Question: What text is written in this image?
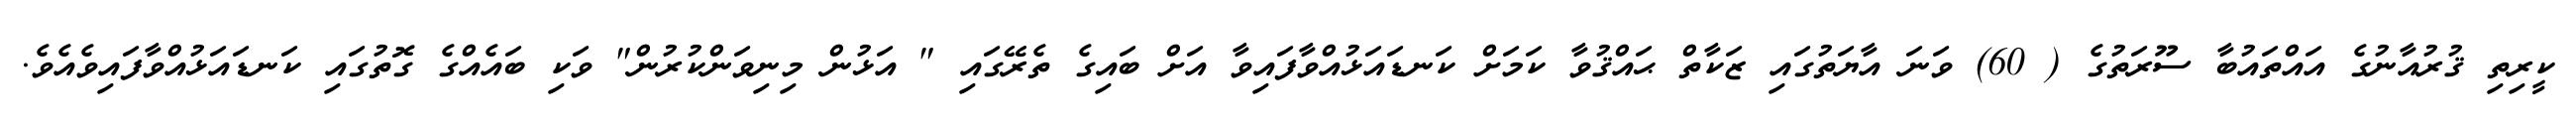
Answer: ކީރިތި ޤުރުއާނުގެ އައްތައުބާ ސޫރަތުގެ ( 60) ވަނަ އާޔަތުގައި ޒަކާތް ޙައްޤުވާ ކަމަށް ކަނޑައަޅުއްވާފައިވާ އަށް ބައިގެ ތެރޭގައި " އަޅުން މިނިވަންކުރުން" ވަކި ބައެއްގެ ގޮތުގައި ކަނޑައަޅުއްވާފައިވެއެވެ.